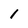
Character: 1